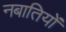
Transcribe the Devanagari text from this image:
नबातियों